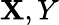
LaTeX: \mathbf{X},Y